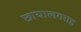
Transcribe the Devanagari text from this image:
छायालगराह